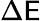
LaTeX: \Delta\mathsf{E}